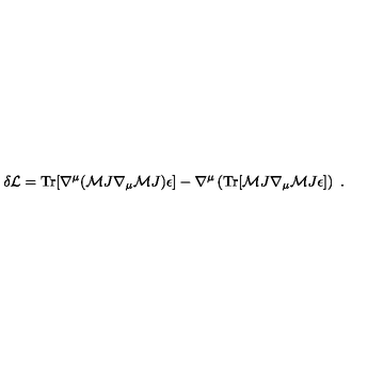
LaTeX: \delta { \cal L } = \mathrm { T r } [ \nabla ^ { \mu } ( { \cal M } J \nabla _ { \mu } { \cal M } J ) \epsilon ] - \nabla ^ { \mu } \left( \mathrm { T r } [ { \cal M } J \nabla _ { \mu } { \cal M } J \epsilon ] \right) \ .